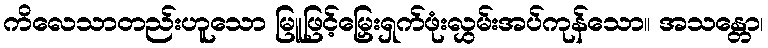
ကိလေသာတည်းဟူသော မြူဖြင့်မြှေးရှက်ဖုံးလွှမ်းအပ်ကုန်သော။ အသန္တော၊